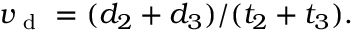
v _ { \mathrm { ~ d ~ } } = ( d _ { 2 } + d _ { 3 } ) / ( t _ { 2 } + t _ { 3 } ) .